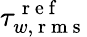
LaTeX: \tau_{w,\mathrm{~r~m~s~}}^{\mathrm{~r~e~f~}}